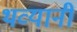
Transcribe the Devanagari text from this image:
थव्यानी